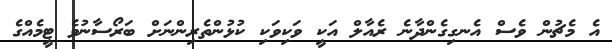
އެ މެޗުން ވެސް އެނގިގެންދާނެ ރެއާލް އަކީ ވަކިވަކި ކުޅުންތެރިންނަށް ބަރޯސާނުވެ ޓީމެއްގެ